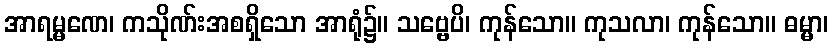
အာရမ္မဏေ၊ ကသိုဏ်းအစရှိသော အာရုံ၌။ သဗ္ဗေပိ၊ ကုန်သော။ ကုသလာ၊ ကုန်သော။ ဓမ္မာ၊